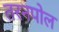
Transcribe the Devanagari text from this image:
तरनपोल